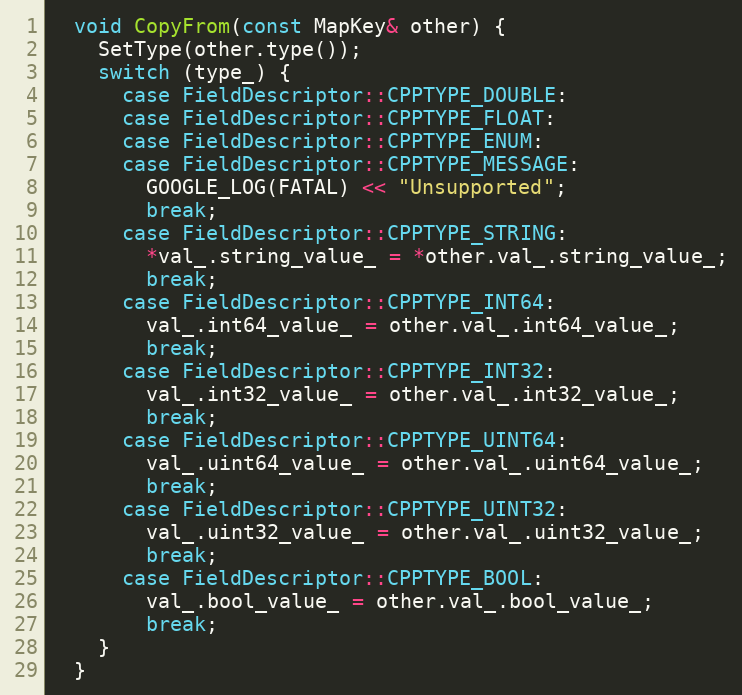
Language: C
  void CopyFrom(const MapKey& other) {
    SetType(other.type());
    switch (type_) {
      case FieldDescriptor::CPPTYPE_DOUBLE:
      case FieldDescriptor::CPPTYPE_FLOAT:
      case FieldDescriptor::CPPTYPE_ENUM:
      case FieldDescriptor::CPPTYPE_MESSAGE:
        GOOGLE_LOG(FATAL) << "Unsupported";
        break;
      case FieldDescriptor::CPPTYPE_STRING:
        *val_.string_value_ = *other.val_.string_value_;
        break;
      case FieldDescriptor::CPPTYPE_INT64:
        val_.int64_value_ = other.val_.int64_value_;
        break;
      case FieldDescriptor::CPPTYPE_INT32:
        val_.int32_value_ = other.val_.int32_value_;
        break;
      case FieldDescriptor::CPPTYPE_UINT64:
        val_.uint64_value_ = other.val_.uint64_value_;
        break;
      case FieldDescriptor::CPPTYPE_UINT32:
        val_.uint32_value_ = other.val_.uint32_value_;
        break;
      case FieldDescriptor::CPPTYPE_BOOL:
        val_.bool_value_ = other.val_.bool_value_;
        break;
    }
  }